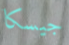
جيسكا